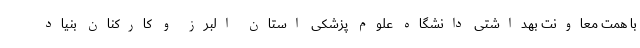
با همت معاونت بهداشتی دانشگاه علوم پزشکی استان البرز و کارکنان بنیاد